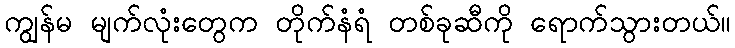
ကျွန်မ မျက်လုံးတွေက တိုက်နံရံ တစ်ခုဆီကို ရောက်သွားတယ်။